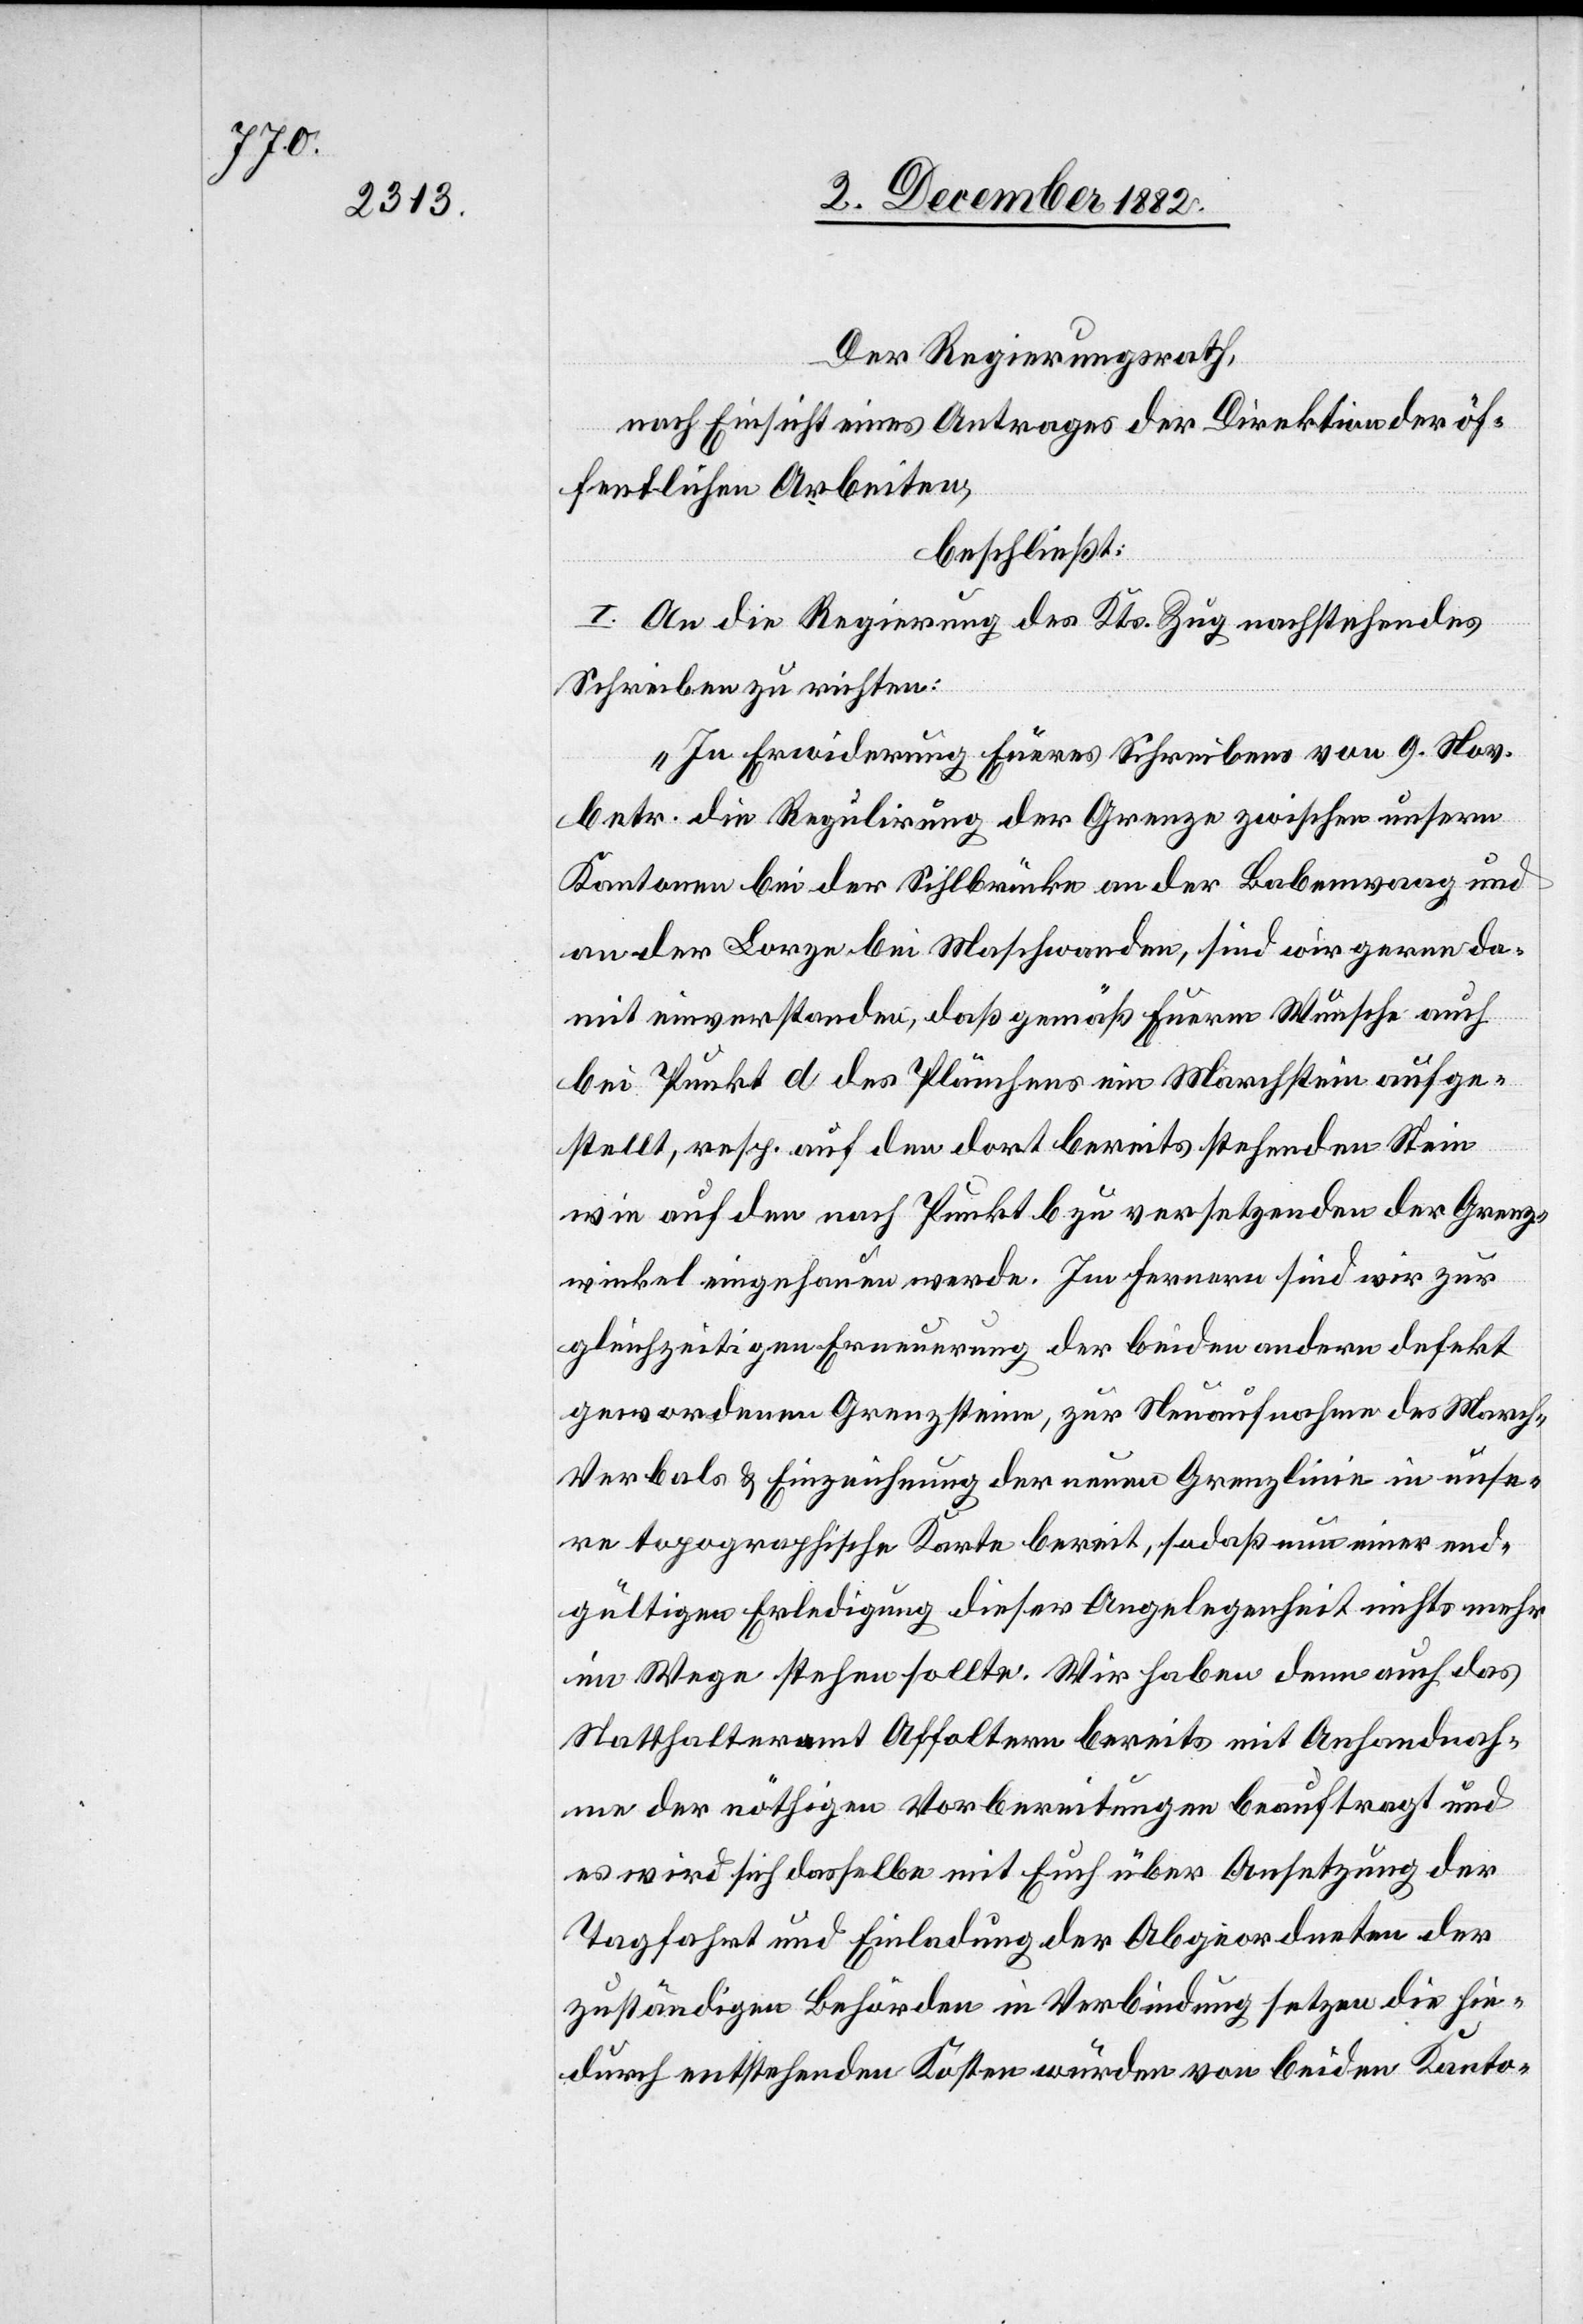
Der Regierungsrath,
nach Einsicht eines Antrages der Direktion der öf¬
fentlichen Arbeiten,
beschließt:
I. An die Regierung des Kts. Zug nachstehendes
Schreiben zu richten:
„In Erwiederung Eueres Schreibens vom 9. Nov.
betr. die Regulirung der Grenze zwischen unsern
Kantonen bei der Sihlbrücke an der Babenwaag und
an der Lorze bei Maschwanden, sind wir gerne da¬
mit einverstanden, daß gemäß Euerm Wunsche auch
bei Punkt d des Plänchens ein Marchstein aufge¬
stellt, resp. auf den dort bereits stehenden Stein
wie auf den nach Punkt b zu versetzenden der Grenz¬
winkel eingehauen werde. Im Fernern sind wir zur
gleichzeitigen Erneuerung der beiden andern defekt
gewordenen Grenzsteine, zur Neuaufnahme des March-V¬
erbals & Einzeichnung der neuen Grenzlinie in unse¬
re topgraphische Karte bereit, sodaß nun einer end¬
gültigen Erledigung dieser Angelegenheit nichts mehr
im Wege stehen sollte. Wir haben denn auch das
Statthalteramt Affoltern bereits mit Anhandnah¬
me der nöthigen Vorbereitungen beauftragt und
es wird sich dasselbe mit Euch über Ansetzung der
Tagfahrt und Einladung der Abgeordneten der
zuständigen Behörden in Verbindung setzen die hie¬
durch entstehenden Kosten würden von beiden Kanto-